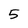
Character: 5